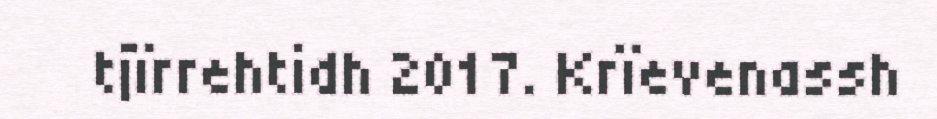
tjïrrehtidh 2017. Krïevenassh